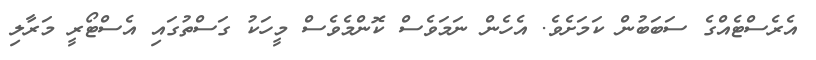
އެރެސްޓެއްގެ ސަބަބުން ކަމަށެވެ. އެހެން ނަމަވެސް ކޮންމެވެސް މީހަކު ގަސްތުގައި އެސްޓޯރީ މަރާލި